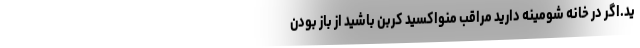
ید.اگر در خانه شومینه دارید مراقب منواکسید کربن باشید از باز بودن